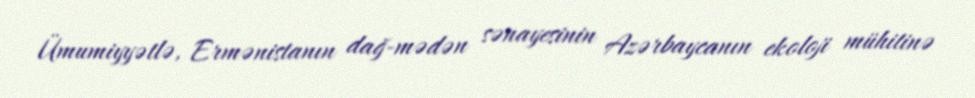
Ümumiyyətlə, Ermənistanın dağ-mədən sənayesinin Azərbaycanın ekoloji mühitinə